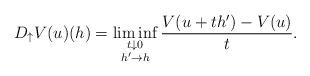
LaTeX: \begin{align*}D_{\uparrow} V(u)(h) =\liminf_{\substack{t\downarrow 0 \\ h'\to h}} \frac{V(u+th')- V(u)}{t}.\end{align*}